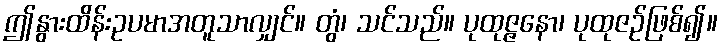
ဤနွားထိန်းဥပမာအတူသာလျှင်။ တွံ၊ သင်သည်။ ပုထုဇ္ဇနော၊ ပုထုဇဉ်ဖြစ်၍။